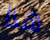
هذا